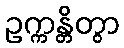
ဥက္ကန္တိတွာ